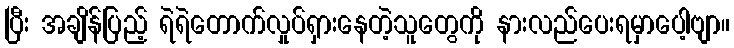
ပြီး အချိန်ပြည့် ရဲရဲတောက်လှုပ်ရှားနေတဲ့သူတွေကို နားလည်ပေးရမှာပေါ့ဗျာ။